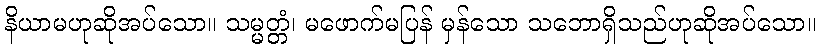
နိယာမဟုဆိုအပ်သော။ သမ္မတ္တံ၊ မဖောက်မပြန် မှန်သော သဘောရှိသည်ဟုဆိုအပ်သော။